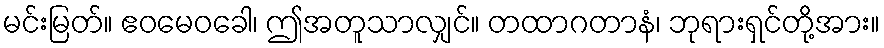
မင်းမြတ်။ ဧဝမေဝခေါ၊ ဤအတူသာလျှင်။ တထာဂတာနံ၊ ဘုရားရှင်တို့အား။